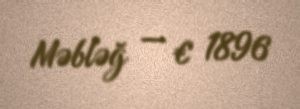
Məbləğ — € 1896